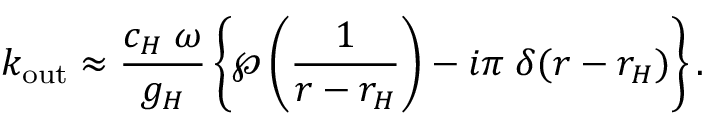
k _ { \mathrm { o u t } } \approx { \frac { c _ { H } \; \omega } { g _ { H } } } \left\{ \wp \left( { \frac { 1 } { r - r _ { H } } } \right) - i \pi \; \delta ( r - r _ { H } ) \right\} .